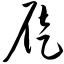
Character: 屣